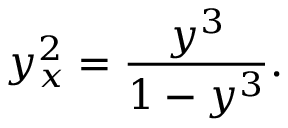
y _ { x } ^ { 2 } = \frac { y ^ { 3 } } { 1 - y ^ { 3 } } .